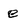
Character: e